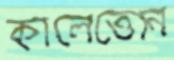
কালেত্তোন